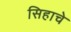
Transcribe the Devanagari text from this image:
सिहाचे